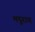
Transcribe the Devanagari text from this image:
मदुराय